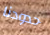
حدودنا